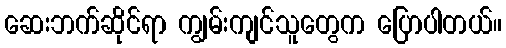
ဆေးဘက်ဆိုင်ရာ ကျွမ်းကျင်သူတွေက ပြောပါတယ်။